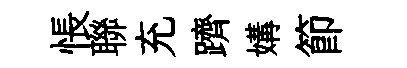
悵聯充躋媾節